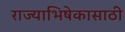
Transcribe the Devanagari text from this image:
राज्याभिषेकासाठी